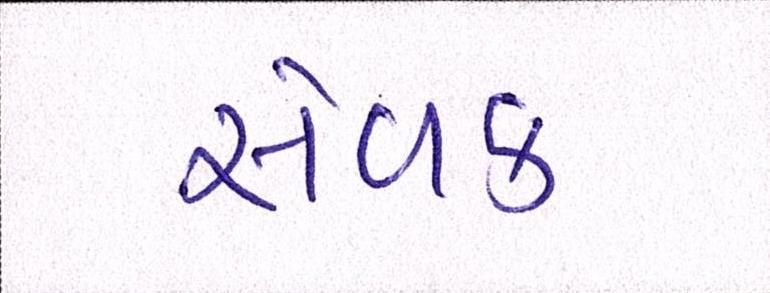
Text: સેવક